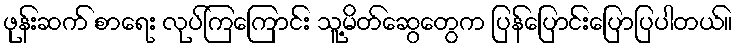
ဖုန်းဆက် စာရေး လုပ်ကြကြောင်း သူ့မိတ်ဆွေတွေက ပြန်ပြောင်းပြောပြပါတယ်။